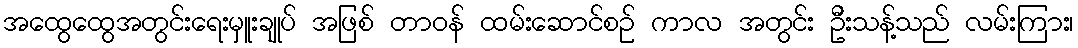
အထွေထွေအတွင်းရေးမှူးချုပ် အဖြစ် တာဝန် ထမ်းဆောင်စဉ် ကာလ အတွင်း ဦးသန့်သည် လမ်းကြား၊